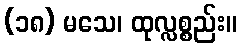
(၁၈) မသေ၊ ထုလ္လစ္စည်း။